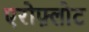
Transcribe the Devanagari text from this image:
एरोफ़्लोट